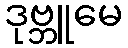
ဒုဗ္ဘူမေ